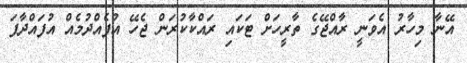
އޭނާ މިހާރު އެވަނީ ރާއްޖޭގެ ތާރީހަށް ޓަކައި ރައްކާކުރަން ޖެހޭ އުފެއްދުމެއް އުފައްދާފަ